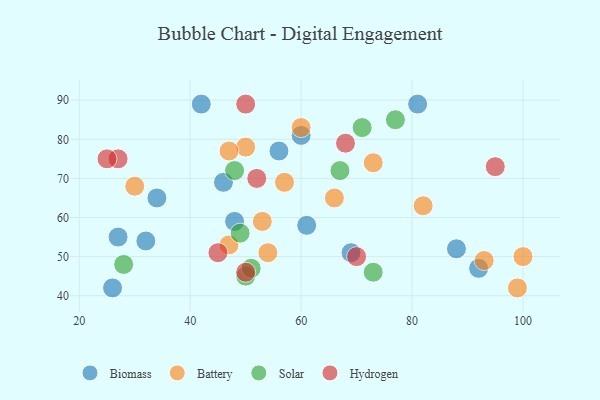
{"axis": {"x": "GDP", "y": "Life Expectancy"}, "legend": ["Battery", "Biomass", "Hydrogen", "Solar"], "data": [{"x": "27", "y": 55, "type": "Biomass"}, {"x": "48", "y": 59, "type": "Biomass"}, {"x": "69", "y": 51, "type": "Biomass"}, {"x": "56", "y": 77, "type": "Biomass"}, {"x": "34", "y": 65, "type": "Biomass"}, {"x": "26", "y": 42, "type": "Biomass"}, {"x": "46", "y": 69, "type": "Biomass"}, {"x": "92", "y": 47, "type": "Biomass"}, {"x": "42", "y": 89, "type": "Biomass"}, {"x": "81", "y": 89, "type": "Biomass"}, {"x": "60", "y": 81, "type": "Biomass"}, {"x": "61", "y": 58, "type": "Biomass"}, {"x": "32", "y": 54, "type": "Biomass"}, {"x": "88", "y": 52, "type": "Biomass"}, {"x": "53", "y": 59, "type": "Battery"}, {"x": "60", "y": 83, "type": "Battery"}, {"x": "50", "y": 78, "type": "Battery"}, {"x": "47", "y": 53, "type": "Battery"}, {"x": "100", "y": 50, "type": "Battery"}, {"x": "57", "y": 69, "type": "Battery"}, {"x": "82", "y": 63, "type": "Battery"}, {"x": "99", "y": 42, "type": "Battery"}, {"x": "30", "y": 68, "type": "Battery"}, {"x": "47", "y": 77, "type": "Battery"}, {"x": "93", "y": 49, "type": "Battery"}, {"x": "73", "y": 74, "type": "Battery"}, {"x": "54", "y": 51, "type": "Battery"}, {"x": "66", "y": 65, "type": "Battery"}, {"x": "67", "y": 72, "type": "Solar"}, {"x": "73", "y": 46, "type": "Solar"}, {"x": "28", "y": 48, "type": "Solar"}, {"x": "49", "y": 56, "type": "Solar"}, {"x": "48", "y": 72, "type": "Solar"}, {"x": "50", "y": 45, "type": "Solar"}, {"x": "71", "y": 83, "type": "Solar"}, {"x": "77", "y": 85, "type": "Solar"}, {"x": "51", "y": 47, "type": "Solar"}, {"x": "45", "y": 51, "type": "Hydrogen"}, {"x": "70", "y": 50, "type": "Hydrogen"}, {"x": "27", "y": 75, "type": "Hydrogen"}, {"x": "50", "y": 46, "type": "Hydrogen"}, {"x": "25", "y": 75, "type": "Hydrogen"}, {"x": "52", "y": 70, "type": "Hydrogen"}, {"x": "50", "y": 89, "type": "Hydrogen"}, {"x": "95", "y": 73, "type": "Hydrogen"}, {"x": "68", "y": 79, "type": "Hydrogen"}]}